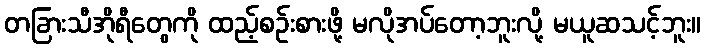
တခြားသီအိုရီတွေကို ထည့်စဉ်းစားဖို့ မလိုအပ်တော့ဘူးလို့ မယူဆသင့်ဘူး။